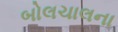
બોલચાલના